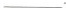
___.